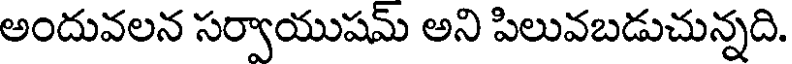
అందువలన సర్వాయుషమ్ అని పిలువబడుచున్నది.